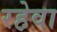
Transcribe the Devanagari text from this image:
रहेवा